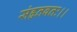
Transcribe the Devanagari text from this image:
संहृतवतः।।